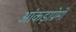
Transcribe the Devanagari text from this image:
आंकड़ाप्रेमी